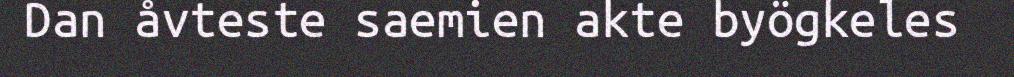
Dan åvteste saemien akte byögkeles